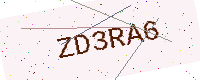
Text: ZD3RA6